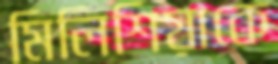
মিলিশিয়াকে